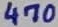
Text: 470